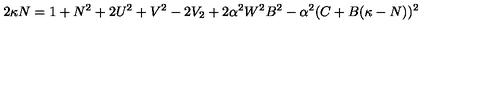
2 \kappa N = 1 + N ^ { 2 } + 2 U ^ { 2 } + V ^ { 2 } - 2 V _ { 2 } + 2 \alpha ^ { 2 } W ^ { 2 } B ^ { 2 } - \alpha ^ { 2 } ( C + B ( \kappa - N ) ) ^ { 2 }